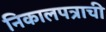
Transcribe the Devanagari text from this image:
निकालपत्राची